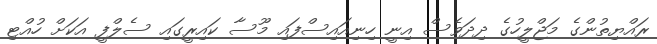
ރައްޔިތުންގެ މަޖްލީހުގެ ދިދަވެސް އިނީ ހިނިއައިސްފައި މޫސާ ކައިރީގައި ސެލްފީ އަކަށް ހުއްޓި